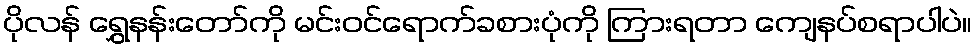
ပိုလန် ရွှေနန်းတော်ကို မင်းဝင်ရောက်ခစားပုံကို ကြားရတာ ကျေနပ်စရာပါပဲ။